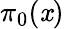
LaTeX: \pi_{0}(\mathit{x})